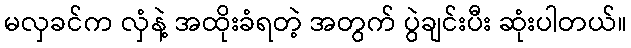
မလှခင်က လှံနဲ့ အထိုးခံရတဲ့ အတွက် ပွဲချင်းပီး ဆုံးပါတယ်။